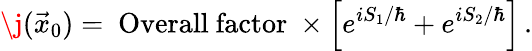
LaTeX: \j(\vec{x}_{0})=~\mathrm{Overall~factor}~\times\left[e^{iS_{1}/\hbar}+e^{iS_{2}/\hbar}\right]\, .